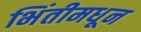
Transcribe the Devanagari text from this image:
भिंतीमधून